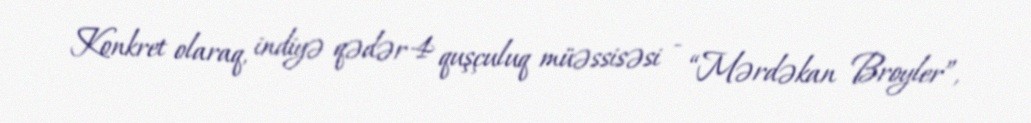
Konkret olaraq, indiyə qədər 4 quşçuluq müəssisəsi - “Mərdəkan Broyler”,